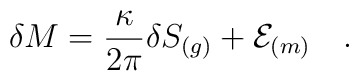
\delta M={\kappa \over 2\pi} \delta S_{(g)}+{\cal E}_{(m)}~~~.